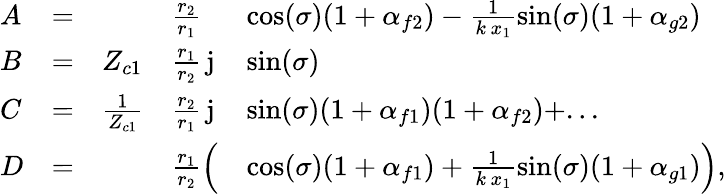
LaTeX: \begin{array}{lclll}{A}&{=}&{}&{\frac{r_{2}}{r_{1}}}&{\cos(\sigma)(1+\alpha_{f2})-\frac{1}{k\, x_{1}}\sin(\sigma)(1+\alpha_{g2})}\\ {B}&{=}&{Z_{c1}}&{\frac{r_{1}}{r_{2}}\, \mathrm{j}}&{\sin(\sigma)}\\ {C}&{=}&{\frac{1}{Z_{c1}}}&{\frac{r_{2}}{r_{1}}\, \mathrm{j}}&{\sin(\sigma)(1+\alpha_{f1})(1+\alpha_{f2})+...}\\ {D}&{=}&{}&{\frac{r_{1}}{r_{2}}\left(\vphantom{\frac{1}{k\, x_{1}}}\right.}&{\left.\cos(\sigma)(1+\alpha_{f1})+\frac{1}{k\, x_{1}}\sin(\sigma)(1+\alpha_{g1})\right),}\end{array}